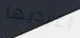
أعيديها